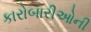
કારોબારીઓની